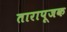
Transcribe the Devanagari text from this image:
तारापूजक